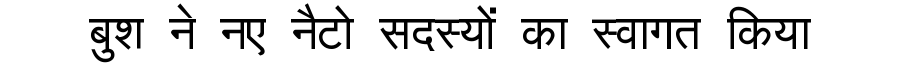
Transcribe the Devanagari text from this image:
बुश ने नए नैटो सदस्यों का स्वागत किया